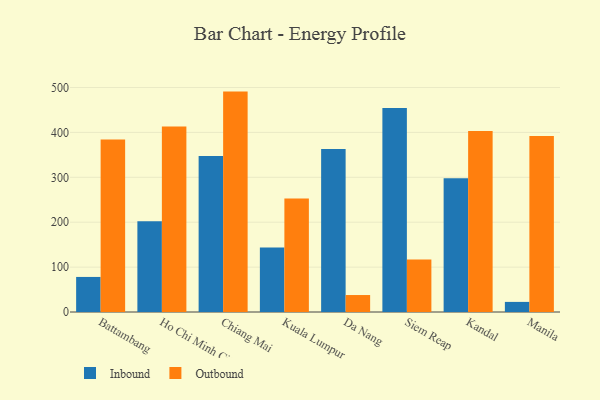
{"axis": {"x": "City", "y": "Humidity (%)"}, "legend": ["Inbound", "Outbound"], "data": [{"x": "Battambang", "y": 78.1, "type": "Inbound"}, {"x": "Battambang", "y": 384.0, "type": "Outbound"}, {"x": "Ho Chi Minh City", "y": 202.2, "type": "Inbound"}, {"x": "Ho Chi Minh City", "y": 413.3, "type": "Outbound"}, {"x": "Chiang Mai", "y": 347.4, "type": "Inbound"}, {"x": "Chiang Mai", "y": 490.9, "type": "Outbound"}, {"x": "Kuala Lumpur", "y": 143.5, "type": "Inbound"}, {"x": "Kuala Lumpur", "y": 252.8, "type": "Outbound"}, {"x": "Da Nang", "y": 362.9, "type": "Inbound"}, {"x": "Da Nang", "y": 37.8, "type": "Outbound"}, {"x": "Siem Reap", "y": 454.1, "type": "Inbound"}, {"x": "Siem Reap", "y": 117.0, "type": "Outbound"}, {"x": "Kandal", "y": 298.1, "type": "Inbound"}, {"x": "Kandal", "y": 402.9, "type": "Outbound"}, {"x": "Manila", "y": 22.5, "type": "Inbound"}, {"x": "Manila", "y": 392.2, "type": "Outbound"}]}